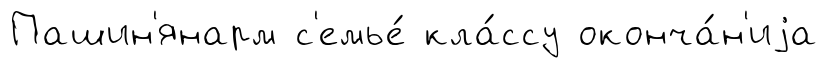
Пашин'янарм с'емье́ кла́ссу оконча́н'иjа